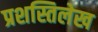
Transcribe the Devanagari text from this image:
प्रशस्तिलेख